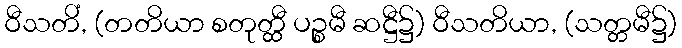
ဝီသတိံ, (တတိယာ စတုတ္ထီ ပဉ္စမီ ဆဋ္ဌီ၌) ဝီသတိယာ, (သတ္တမီ၌)